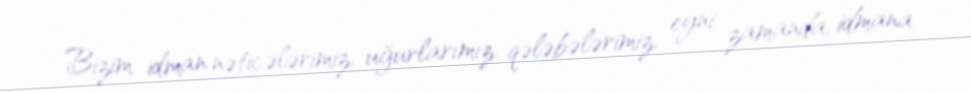
Bizim idman nəticələrimiz, uğurlarımız, qələbələrimiz, eyni zamanda, idmana